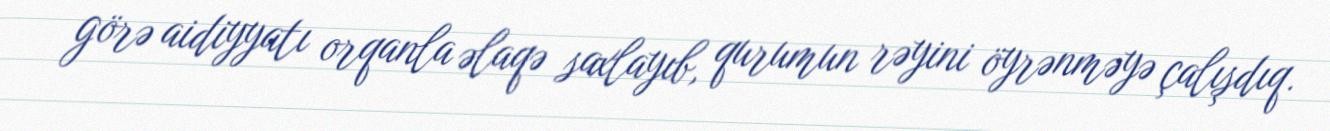
görə aidiyyatı orqanla əlaqə saxlayıb, qurumun rəyini öyrənməyə çalışdıq.